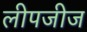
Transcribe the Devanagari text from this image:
लीपजीज